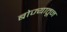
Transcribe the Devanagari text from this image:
बोज्यातून